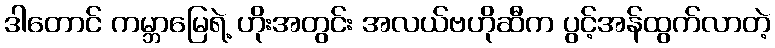
ဒါတောင် ကမ္ဘာမြေရဲ့ ဟိုးအတွင်း အလယ်ဗဟိုဆီက ပွင့်အန်ထွက်လာတဲ့